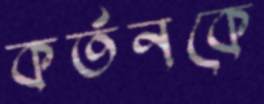
কর্তনকে